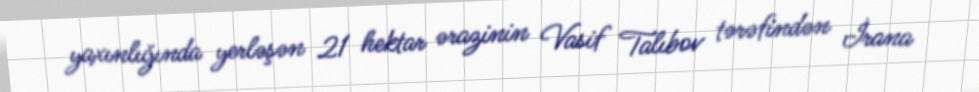
yaxınlığında yerləşən 21 hektar ərazinin Vasif Talıbov tərəfindən İrana